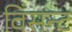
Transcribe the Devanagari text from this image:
विंसन्ट